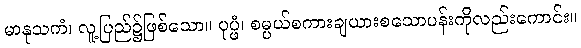
မာနုသကံ၊ လူ့ပြည်၌ဖြစ်သော။ ပုပ္ဖံ၊ စမ္ပယ်စကားချယားစသောပန်းကိုလည်းကောင်း။